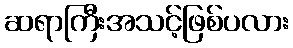
ဆရာကြီးအသင့်ဖြစ်ပလား